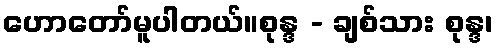
ဟောတော်မူပါတယ်။စုန္ဒ - ချစ်သား စုန္ဒ၊